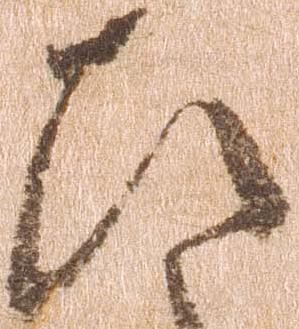
ひ